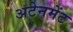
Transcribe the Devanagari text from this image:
अटेनमेंट